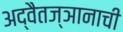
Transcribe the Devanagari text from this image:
अद्वैतज्ञानाची